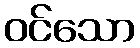
ဝင်သော